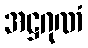
အဋ္ဌဂုဏံ